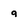
Character: a